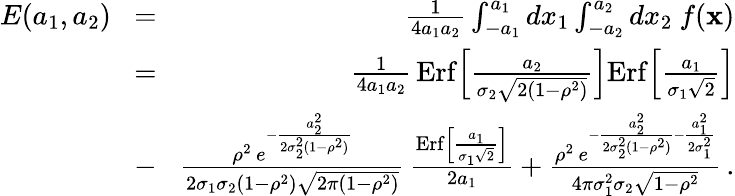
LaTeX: \begin{array}{rlr}{E(a_{1},a_{2})}&{\! =\! }&{{\frac{1}{4a_{1}a_{2}}}\int_{-a_{1}}^{a_{1}}dx_{1}\int_{-a_{2}}^{a_{2}}dx_{2}\ f({\mathbf x})}\\ &{\! =\! }&{{\frac{1}{4a_{1}a_{2}}}\, \mathrm{Erf}\Big[{\frac{a_{2}}{\sigma_{2}\sqrt{2(1-\rho^{2})}}}\Big]\mathrm{Erf}\Big[{\frac{a_{1}}{\sigma_{1}\sqrt{2}}}\Big]}\\ &{\! -\! }&{{\frac{\rho^{2}\, e^{-{\frac{a_{2}^{2}}{2\sigma_{2}^{2}(1-\rho^{2})}}}}{2\sigma_{1}\sigma_{2}(1-\rho^{2})\sqrt{2\pi(1-\rho^{2})}}}\, {\frac{\mathrm{Erf}\Big[{\frac{a_{1}}{\sigma_{1}\sqrt{2}}}\Big]}{2a_{1}}}+{\frac{\rho^{2}\, e^{-{\frac{a_{2}^{2}}{2\sigma_{2}^{2}(1-\rho^{2})}}-{\frac{a_{1}^{2}}{2\sigma_{1}^{2}}}}}{4\pi\sigma_{1}^{2}\sigma_{2}\sqrt{1-\rho^{2}}}}\, .}\end{array}